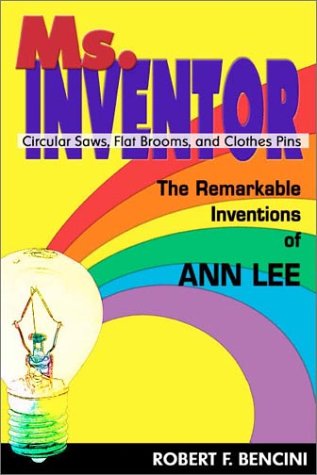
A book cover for Ms. Inventor: Circular Saws, Flat Brooms, and Clothes Pins: The Remarkable Inventions of Ann Lee; Robert F Bencini; Christian Books & Bibles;